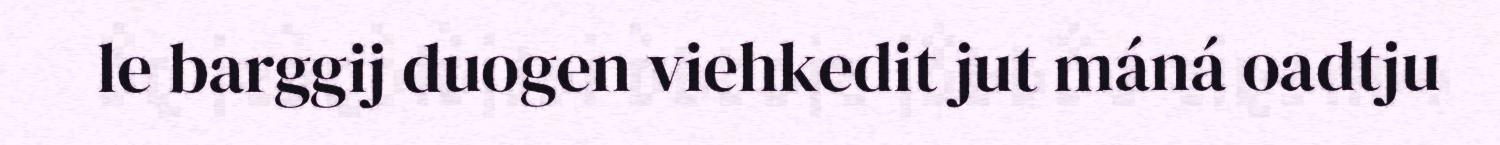
le barggij duogen viehkedit jut máná oadtju